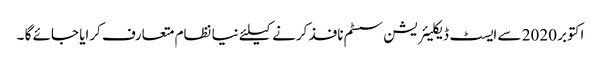
اکتوبر 2020 سے ایسٹ ڈیکلیئریشن سسٹم نافذ کرنے کیلئے نیا نظام متعارف کرایا جائے گا ۔